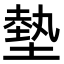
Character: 𫮛